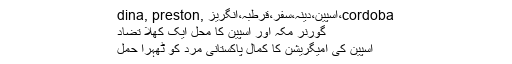
dina, preston, اسپین،دینہ،سفر،قرطبہ،انگریز،cordoba
گورنر مکہ اور اسپین کا محل ایک کھلا تضاد
اسپین کی امیگریشن کا کمال پاکستانی مرد کو ٹھہرا حمل